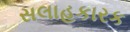
સલાહકારક